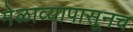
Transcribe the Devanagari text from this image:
मेळाव्यापासूनच